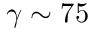
\gamma \sim 7 5